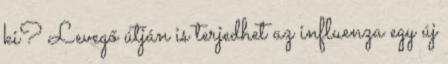
ki? Levegő útján is terjedhet az influenza egy új